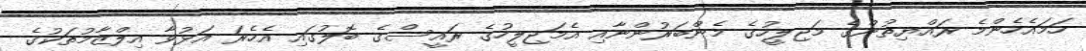
ހަމައެހެންމެ ރައްޔިތުންގެ މަޖިލީހުގެ މެންބަރުންނާއި އެމަޖިލީހުގެ ރައީސްގެ ބޮލުގައި އެހެރަ އަޅުވާ އިލްޒާމުތަކުގެ